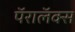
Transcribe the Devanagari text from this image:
पॅरालॅक्स